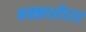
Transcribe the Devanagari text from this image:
नक्क़ाशीदार